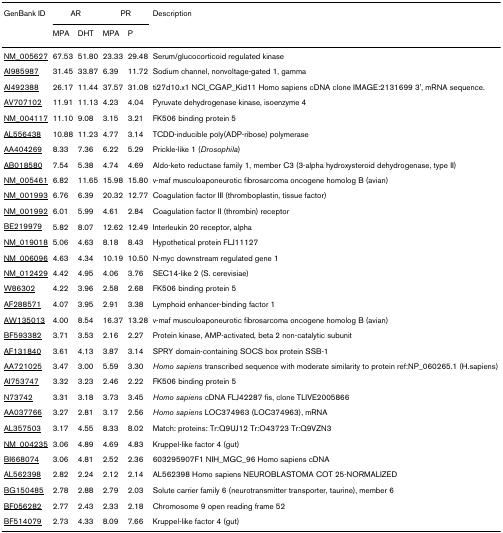
<table><thead><tr><td><b>GenBank ID</b></td><td colspan="2"><b>AR</b></td><td colspan="2"><b>PR</b></td><td><b>Description</b></td></tr><tr><td></td><td><b>MPA</b></td><td><b>DHT</b></td><td><b>MPA</b></td><td><b>P</b></td><td></td></tr></thead><tbody><tr><td>NM_005627</td><td>67.53</td><td>51.80</td><td>23.33</td><td>29.48</td><td>Serum/glucocorticoid regulated kinase</td></tr><tr><td>AI985987</td><td>31.45</td><td>33.87</td><td>6.39</td><td>11.72</td><td>Sodium channel, nonvoltage-gated 1, gamma</td></tr><tr><td>AI492388</td><td>26.17</td><td>11.44</td><td>37.57</td><td>31.08</td><td>ti27d10.x1 NCI_CGAP_Kid11 Homo sapiens cDNA clone IMAGE:2131699 3&#x27;, mRNA sequence.</td></tr><tr><td>AV707102</td><td>11.91</td><td>11.13</td><td>4.23</td><td>4.04</td><td>Pyruvate dehydrogenase kinase, isoenzyme 4</td></tr><tr><td>NM_004117</td><td>11.10</td><td>9.08</td><td>3.15</td><td>3.21</td><td>FK506 binding protein 5</td></tr><tr><td>AL556438</td><td>10.88</td><td>11.23</td><td>4.77</td><td>3.14</td><td>TCDD-inducible poly(ADP-ribose) polymerase</td></tr><tr><td>AA404269</td><td>8.33</td><td>7.36</td><td>6.22</td><td>5.29</td><td>Prickle-like 1 (<i>Drosophila</i>)</td></tr><tr><td>AB018580</td><td>7.54</td><td>5.38</td><td>4.74</td><td>4.69</td><td>Aldo-keto reductase family 1, member C3 (3-alpha hydroxysteroid dehydrogenase, type II)</td></tr><tr><td>NM_005461</td><td>6.82</td><td>11.65</td><td>15.98</td><td>15.80</td><td>v-maf musculoaponeurotic fibrosarcoma oncogene homolog B (avian)</td></tr><tr><td>NM_001993</td><td>6.76</td><td>6.39</td><td>20.32</td><td>12.77</td><td>Coagulation factor III (thromboplastin, tissue factor)</td></tr><tr><td>NM_001992</td><td>6.01</td><td>5.99</td><td>4.61</td><td>2.84</td><td>Coagulation factor II (thrombin) receptor</td></tr><tr><td>BE219979</td><td>5.82</td><td>8.07</td><td>12.62</td><td>12.49</td><td>Interleukin 20 receptor, alpha</td></tr><tr><td>NM_019018</td><td>5.06</td><td>4.63</td><td>8.18</td><td>8.43</td><td>Hypothetical protein FLJ11127</td></tr><tr><td>NM_006096</td><td>4.63</td><td>4.34</td><td>10.19</td><td>10.50</td><td>N-myc downstream regulated gene 1</td></tr><tr><td>NM_012429</td><td>4.42</td><td>4.95</td><td>4.06</td><td>3.76</td><td>SEC14-like 2 (S. cerevisiae)</td></tr><tr><td>W86302</td><td>4.22</td><td>3.96</td><td>2.58</td><td>2.68</td><td>FK506 binding protein 5</td></tr><tr><td>AF288571</td><td>4.07</td><td>3.95</td><td>2.91</td><td>3.38</td><td>Lymphoid enhancer-binding factor 1</td></tr><tr><td>AW135013</td><td>4.00</td><td>8.54</td><td>16.37</td><td>13.28</td><td>v-maf musculoaponeurotic fibrosarcoma oncogene homolog B (avian)</td></tr><tr><td>BF593382</td><td>3.71</td><td>3.53</td><td>2.16</td><td>2.27</td><td>Protein kinase, AMP-activated, beta 2 non-catalytic subunit</td></tr><tr><td>AF131840</td><td>3.61</td><td>4.13</td><td>3.87</td><td>3.14</td><td>SPRY domain-containing SOCS box protein SSB-1</td></tr><tr><td>AA721025</td><td>3.47</td><td>3.00</td><td>5.59</td><td>3.30</td><td><i>Homo sapiens </i>transcribed sequence with moderate similarity to protein ref:NP_060265.1 (H.sapiens)</td></tr><tr><td>AI753747</td><td>3.32</td><td>3.23</td><td>2.46</td><td>2.22</td><td>FK506 binding protein 5</td></tr><tr><td>N73742</td><td>3.31</td><td>3.18</td><td>3.73</td><td>3.45</td><td><i>Homo sapiens </i>cDNA FLJ42287 fis, clone TLIVE2005866</td></tr><tr><td>AA037766</td><td>3.27</td><td>2.81</td><td>3.17</td><td>2.56</td><td><i>Homo sapiens </i>LOC374963 (LOC374963), mRNA</td></tr><tr><td>AL357503</td><td>3.17</td><td>4.55</td><td>8.33</td><td>8.02</td><td>Match: proteins: Tr:Q9UJ12 Tr:O43723 Tr:Q9VZN3</td></tr><tr><td>NM_004235</td><td>3.06</td><td>4.89</td><td>4.69</td><td>4.83</td><td>Kruppel-like factor 4 (gut)</td></tr><tr><td>BI668074</td><td>3.06</td><td>4.81</td><td>2.52</td><td>2.36</td><td>603295907F1 NIH_MGC_96 Homo sapiens cDNA</td></tr><tr><td>AL562398</td><td>2.82</td><td>2.24</td><td>2.12</td><td>2.14</td><td>AL562398 Homo sapiens NEUROBLASTOMA COT 25-NORMALIZED</td></tr><tr><td>BG150485</td><td>2.78</td><td>2.88</td><td>2.79</td><td>2.03</td><td>Solute carrier family 6 (neurotransmitter transporter, taurine), member 6</td></tr><tr><td>BF056282</td><td>2.77</td><td>2.43</td><td>2.33</td><td>2.18</td><td>Chromosome 9 open reading frame 52</td></tr><tr><td>BF514079</td><td>2.73</td><td>4.33</td><td>8.09</td><td>7.66</td><td>Kruppel-like factor 4 (gut)</td></tr></tbody></table>